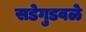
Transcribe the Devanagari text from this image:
सडेगुडवळे